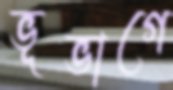
ভূভাগে